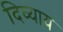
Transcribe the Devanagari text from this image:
दिव्याय